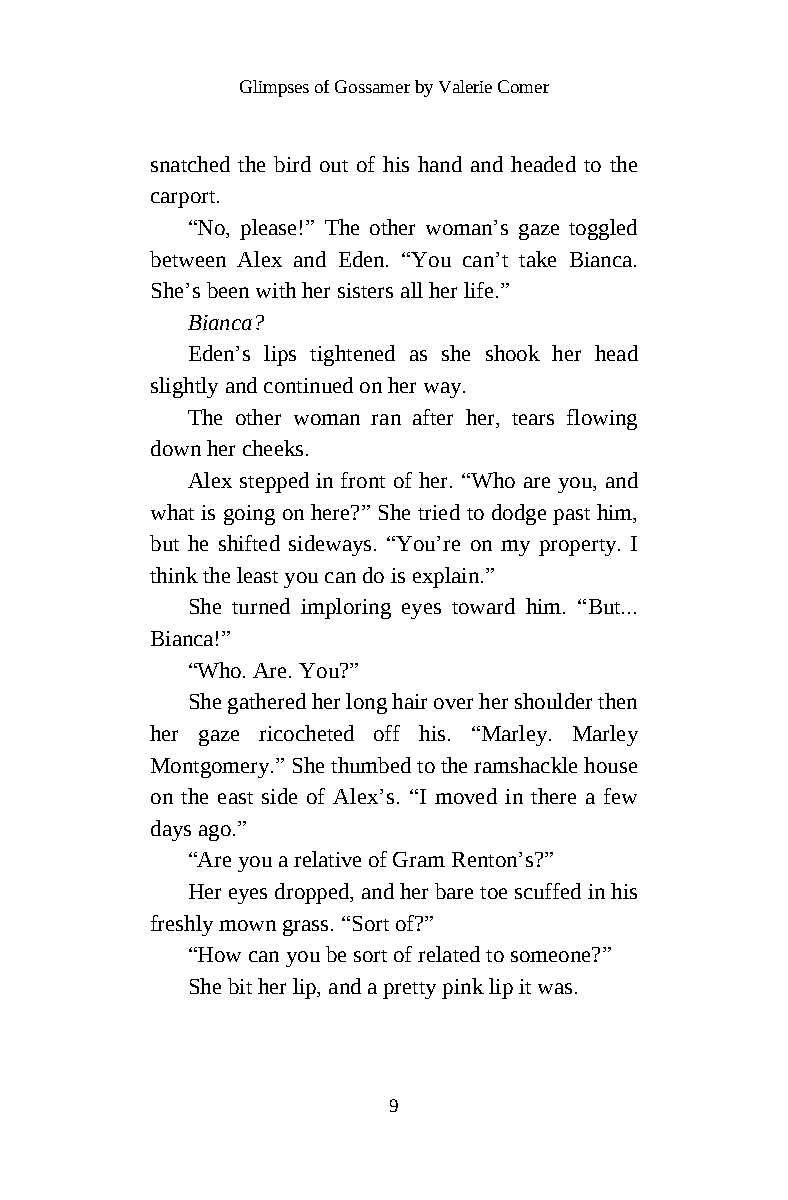
Glimpses of Gossamer by Valerie Comer
 snatched the bird out of his hand and headed to the
 carport.
 “No, please!” The other woman’s gaze toggled
 between Alex and Eden. “You can’t take Bianca.
 She’s been with her sisters all her life.”
 Bianca?
 Eden’s lips tightened as she shook her head
 slightly and continued on her way.
 The other woman ran after her, tears flowing
 down her cheeks.
 Alex stepped in front of her. “Who are you, and
 what is going on here?” She tried to dodge past him,
 but he shifted sideways. “You’re on my property. I
 think the least you can do is explain.”
 She turned imploring eyes toward him. “But...
 Bianca!”
 “Who. Are. You?”
 She gathered her long hair over her shoulder then
 her gaze ricocheted off his. “Marley. Marley
 Montgomery.” She thumbed to the ramshackle house
 on the east side of Alex’s. “I moved in there a few
 days ago.”
 “Are you a relative of Gram Renton’s?”
 Her eyes dropped, and her bare toe scuffed in his
 freshly mown grass. “Sort of?”
 “How can you be sort of related to someone?”
 She bit her lip, and a pretty pink lip it was.
 9